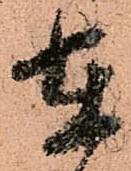
在